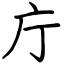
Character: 庁